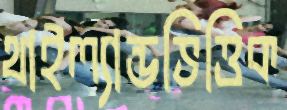
থাইল্যান্ডভিত্তিক